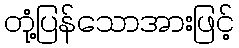
တုံ့ပြန်သောအားဖြင့်